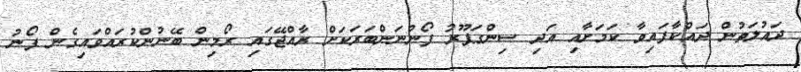
ދައުލަތުން ދައްކާފައިވާ ކަމަށާއި އަދި ސިންގަޕޫރު ފޯނުނަންބަރަކަށް ރާއްޖޭގައި ރޯމިން ބޭނުންކުރައްވައިގެން ފޯނު